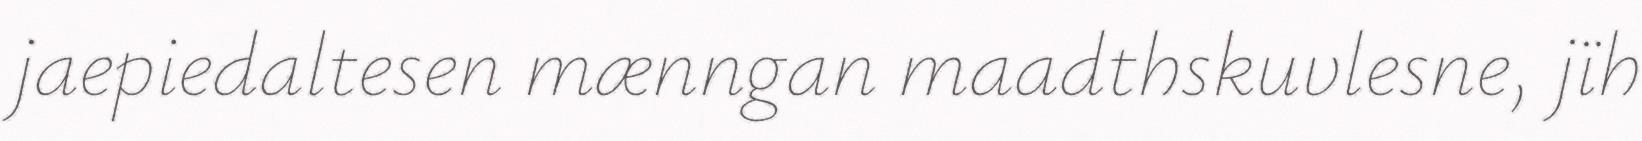
jaepiedaltesen mænngan maadthskuvlesne, jïh